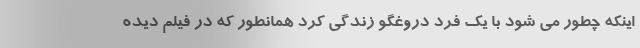
اینکه چطور می شود با یک فرد دروغگو زندگی کرد همانطور که در فیلم دیده